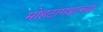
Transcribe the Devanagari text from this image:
मोहटागडाच्या